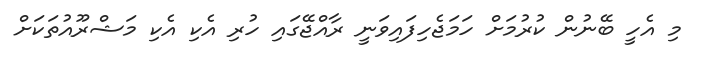
މި އެހީ ބޭނުން ކުރުމަށް ހަމަޖެހިފައިވަނީ ރާއްޖޭގައި ހުރި އެކި އެކި މަޝްރޫއުތަކަށް